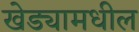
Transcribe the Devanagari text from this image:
खेड्यामधील